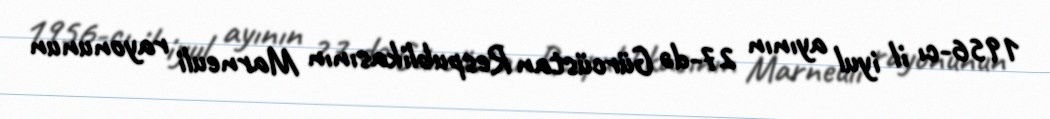
1956-cı il iyul ayının 27-də Gürcüstan Respublikasının Marneuli rayonunun